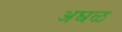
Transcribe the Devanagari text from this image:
अघळ